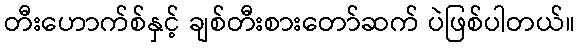
တီးဟောက်စ်နှင့် ချစ်တီးစားတော်ဆက် ပဲဖြစ်ပါတယ်။